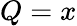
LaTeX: Q=x